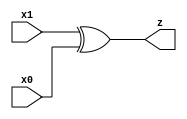
/**
 *          EXOR (EXclusive OR) e' una porta logica che riceve in ingresso "n"
 *          valori e restituisce "1" in uscita se, e solo se, vi e' almeno un
 *          ingresso che differisce dagli altri.
 *
 *          Segue la tavola di verita' di una porta XOR a "n=2" ingressi:
 *
 *          |------------|--------|
 *          |   INPUT    | OUTPUT |
 *          |------------|--------|
 *          |   A  |  B  |  A+B   |
 *          |------|-----|--------|
 *          |   0  |  0  |   0    |
 *          |   0  |  1  |   1    |
 *          |   1  |  0  |   1    |
 *          |   1  |  1  |   0    |
 *          |------------|--------|
 *
 *          Created on 22/04/2019.
 */

module XOR(x1, x0, z);
    input x1;
    input x0;
    output z;

    assign z = x1 ^ x0;
endmodule